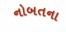
નોબતના